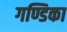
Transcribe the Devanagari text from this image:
गण्डिका